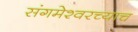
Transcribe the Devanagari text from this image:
संगमेश्वरच्याच